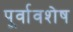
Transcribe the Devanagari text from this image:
पूर्वावशेष